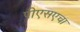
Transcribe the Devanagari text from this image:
पीएसएचा